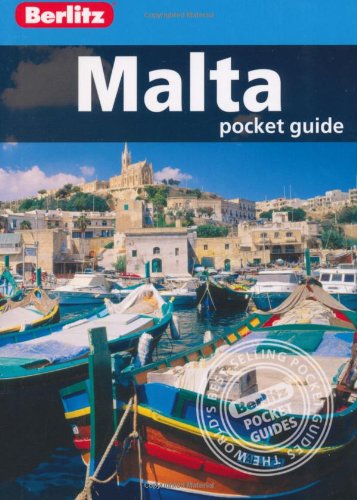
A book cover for Malta. (Berlitz Pocket Guides); Travel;